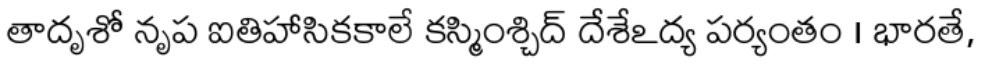
తాదృశో నృప ఐతిహాసికకాలే కస్మింశ్చిద్ దేశేఽద్య పర్యంతం । భారతే,